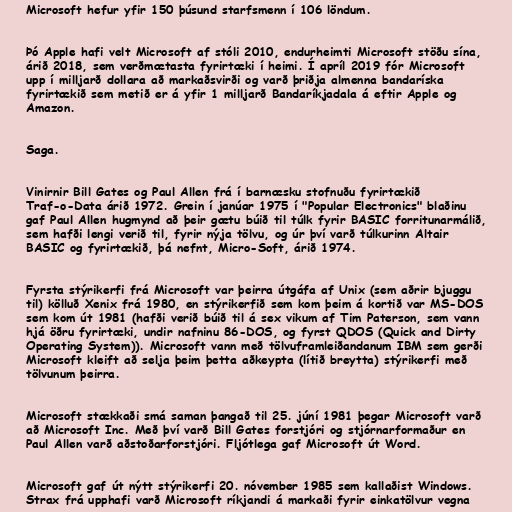
Microsoft hefur yfir 150 þúsund starfsmenn í 106 löndum.

Þó Apple hafi velt Microsoft af stóli 2010, endurheimti Microsoft stöðu sína,
árið 2018, sem verðmætasta fyrirtæki í heimi. Í apríl 2019 fór Microsoft
upp í milljarð dollara að markaðsvirði og varð þriðja almenna bandaríska
fyrirtækið sem metið er á yfir 1 milljarð Bandaríkjadala á eftir Apple og
Amazon.

Saga.

Vinirnir Bill Gates og Paul Allen frá í barnæsku stofnuðu fyrirtækið
Traf-o-Data árið 1972. Grein í janúar 1975 í "Popular Electronics" blaðinu
gaf Paul Allen hugmynd að þeir gætu búið til túlk fyrir BASIC forritunarmálið,
sem hafði lengi verið til, fyrir nýja tölvu, og úr því varð túlkurinn Altair
BASIC og fyrirtækið, þá nefnt, Micro-Soft, árið 1974.

Fyrsta stýrikerfi frá Microsoft var þeirra útgáfa af Unix (sem aðrir bjuggu
til) kölluð Xenix frá 1980, en stýrikerfið sem kom þeim á kortið var MS-DOS
sem kom út 1981 (hafði verið búið til á sex vikum af Tim Paterson, sem vann
hjá öðru fyrirtæki, undir nafninu 86-DOS, og fyrst QDOS (Quick and Dirty
Operating System)). Microsoft vann með tölvuframleiðandanum IBM sem gerði
Microsoft kleift að selja þeim þetta aðkeypta (lítið breytta) stýrikerfi með
tölvunum þeirra.

Microsoft stækkaði smá saman þangað til 25. júní 1981 þegar Microsoft varð
að Microsoft Inc. Með því varð Bill Gates forstjóri og stjórnarformaður en
Paul Allen varð aðstoðarforstjóri. Fljótlega gaf Microsoft út Word.

Microsoft gaf út nýtt stýrikerfi 20. nóvember 1985 sem kallaðist Windows.
Strax frá upphafi varð Microsoft ríkjandi á markaði fyrir einkatölvur vegna